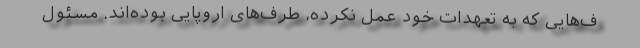
ف‌هایی که به تعهدات خود عمل نکرده، طرف‌های اروپایی بوده‌اند. مسئول